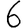
Digit: 6